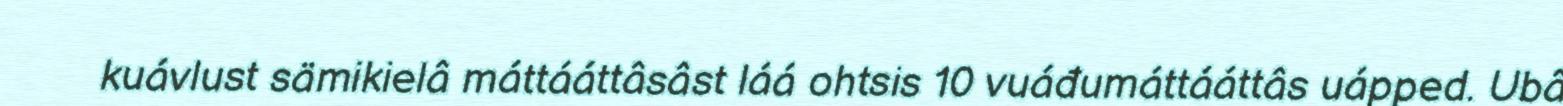
kuávlust sämikielâ máttááttâsâst láá ohtsis 10 vuáđumáttááttâs uápped. Ubâ